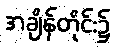
အချိန်တိုင်း၌